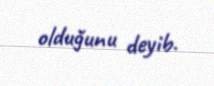
olduğunu deyib.